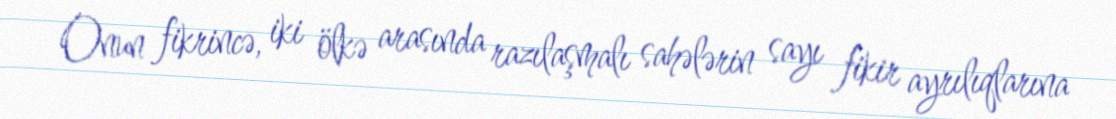
Onun fikrincə, iki ölkə arasında razılaşmalı sahələrin sayı fikir ayrılıqlarına